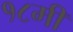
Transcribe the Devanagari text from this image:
१८मी